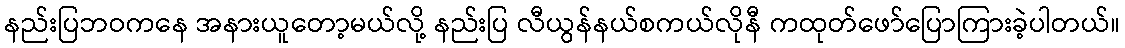
နည်းပြဘဝကနေ အနားယူတော့မယ်လို့ နည်းပြ လီယွန်နယ်စကယ်လိုနီ ကထုတ်ဖော်ပြောကြားခဲ့ပါတယ်။